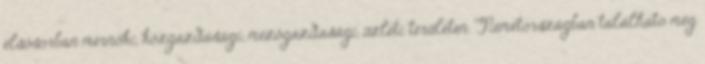
elsősorban mérnöki, közgazdasági, mezőgazdasági, üzleti területen. Németországban található még